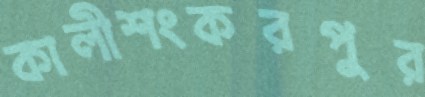
কালীশংকরপুর